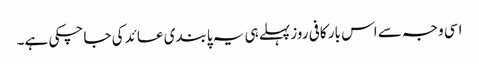
اسی وجہ سے اس بار کافی روز پہلے ہی یہ پابندی عائد کی جا چکی ہے۔